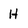
Character: H